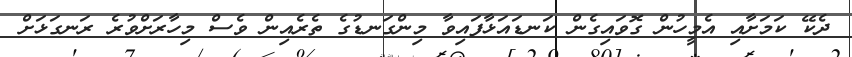
ދެކޭ ކަމަށާއި އެމީހުން ގޮވައިގެން ކަނޑައަޅާފައިވާ މިންގަނޑުގެ ތެރެއިން ވެސް މިހާރަށްވުރެ ރަނގަޅަށް